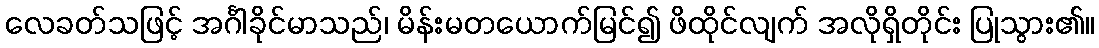
လေခတ်သဖြင့် အင်္ဂါခိုင်မာသည်၊ မိန်းမတယောက်မြင်၍ ဖိထိုင်လျက် အလိုရှိတိုင်း ပြုသွား၏။